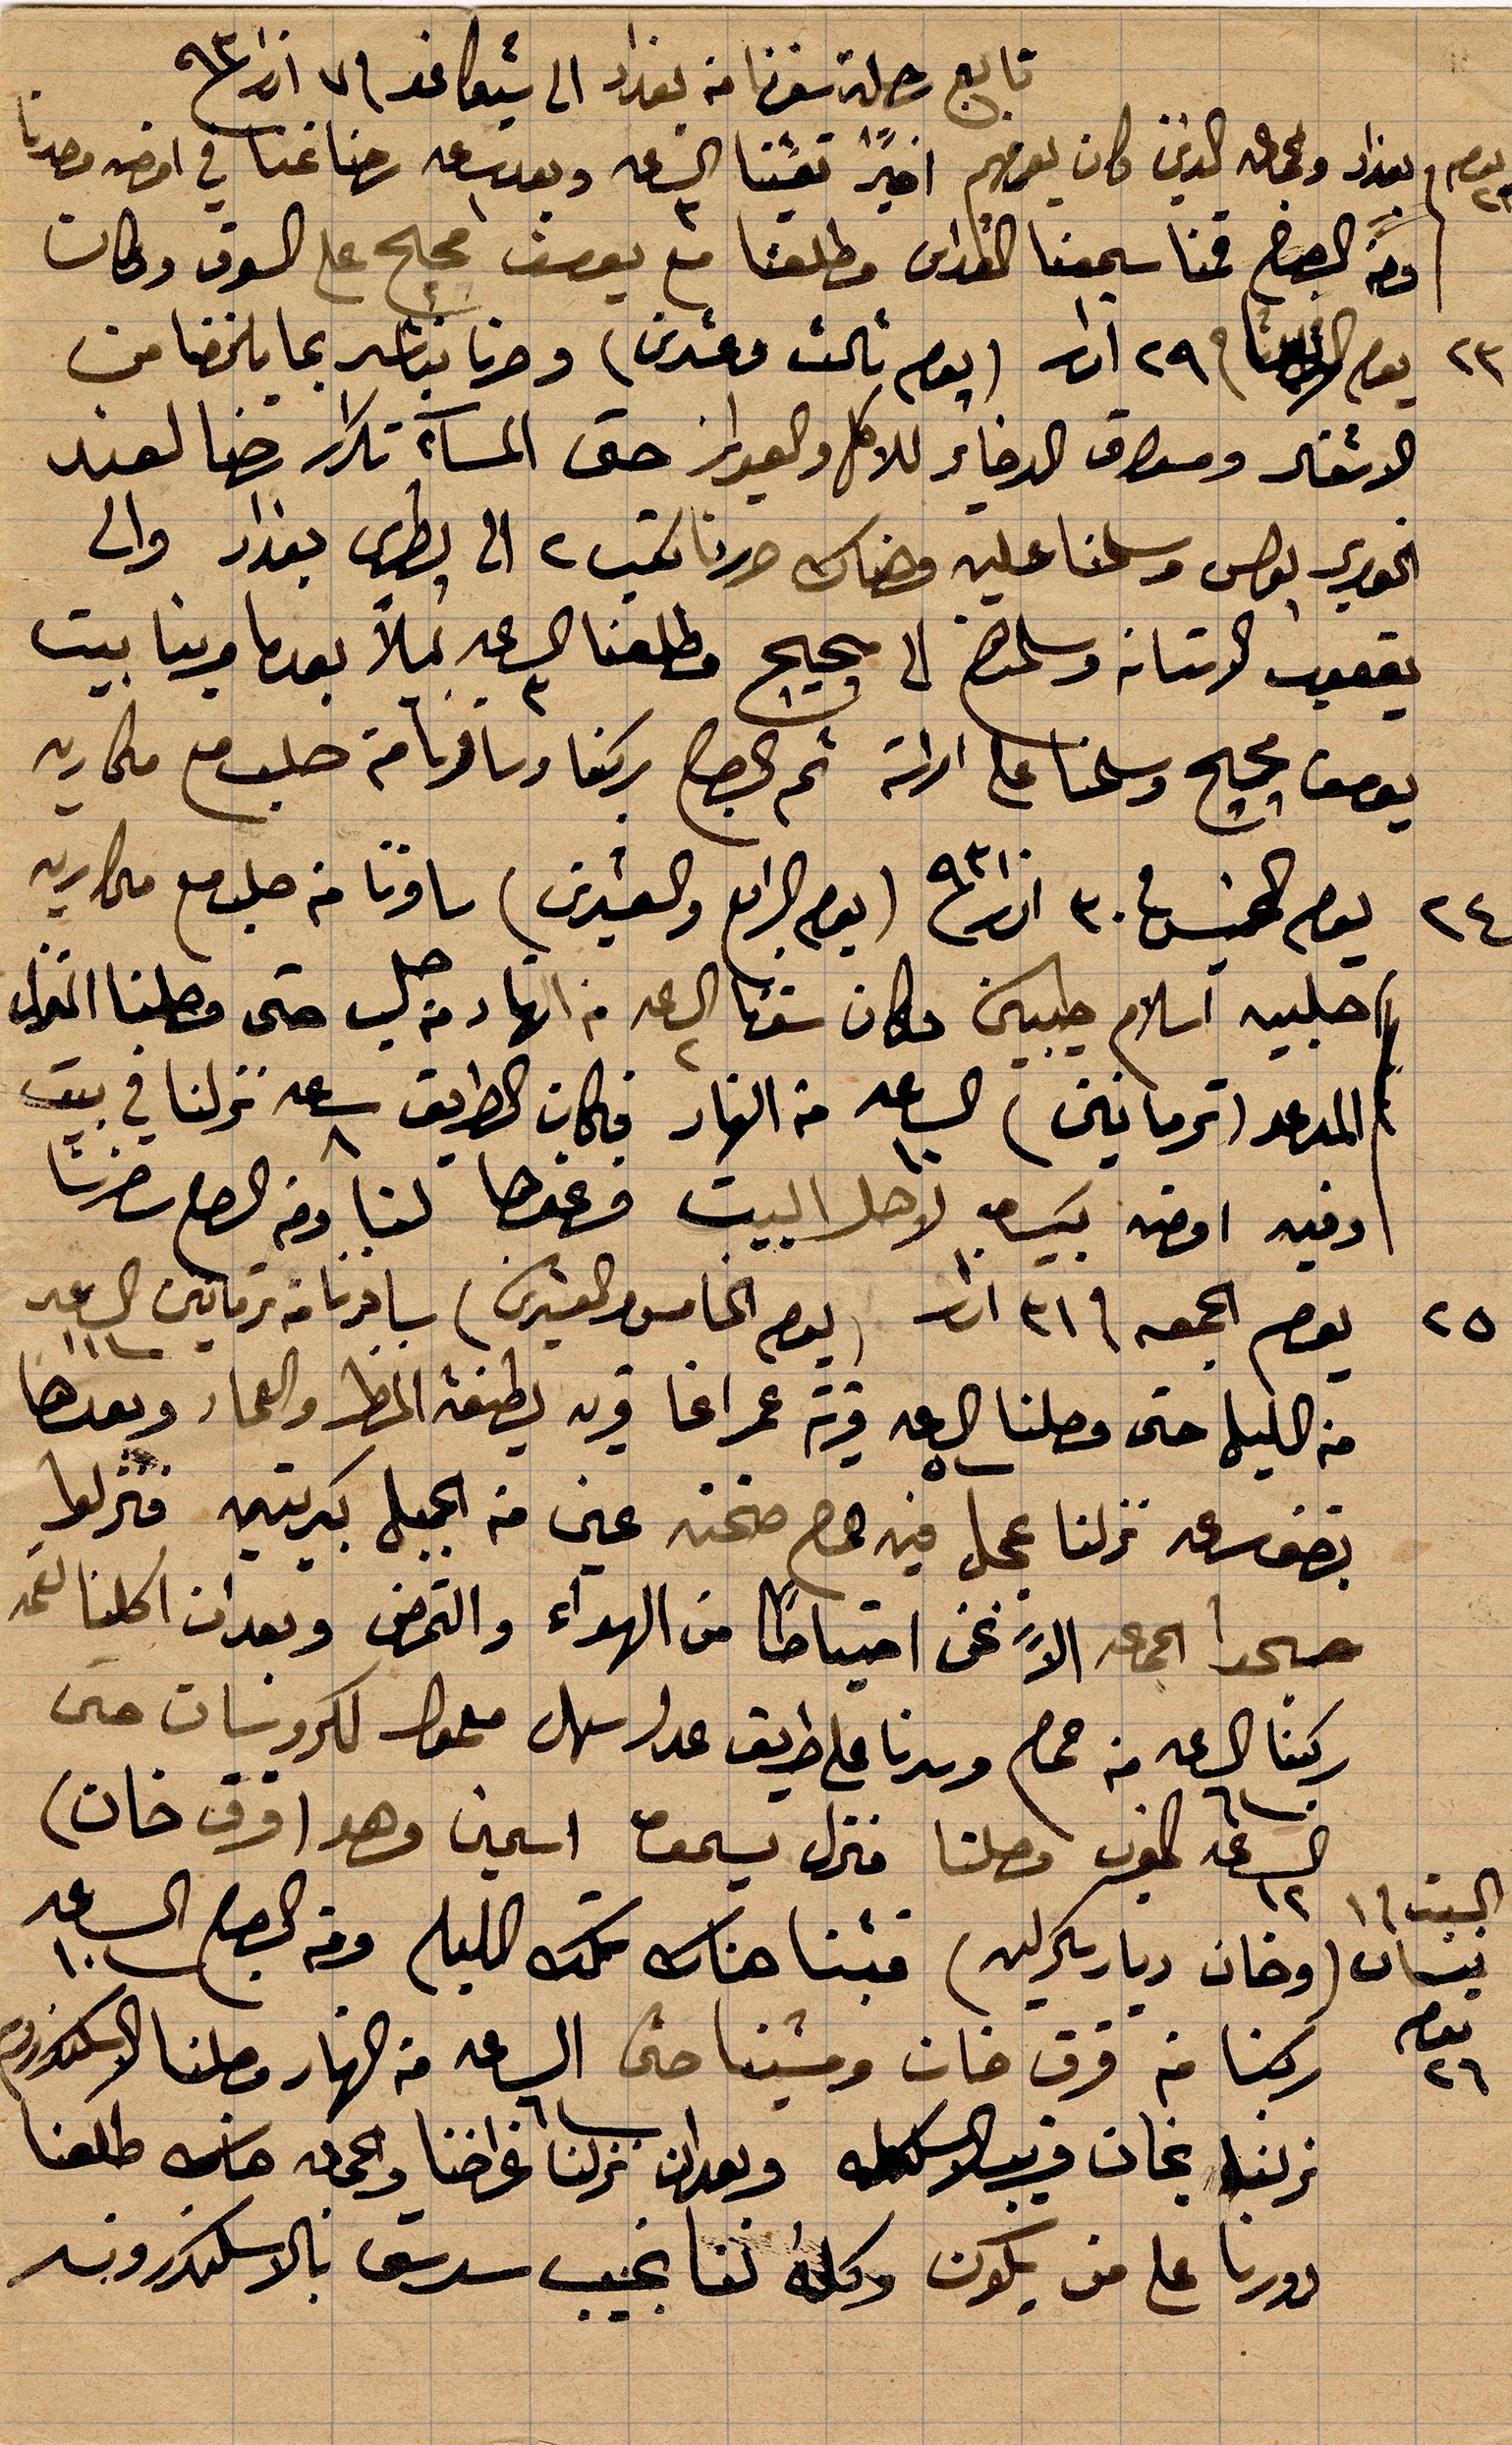
تابع رحلة سفرنا من بغداد الى شيكاغو في ٧ اذار ١٨٩٣
يوم بغداد والجماعة الذين كان يعرفهم اخيرًا تعشينا الساعة ٣ وبعد ساعة ١ رحنا غنا في امضى وحدنا
في الصباح قمنا سمعنا القداس وطلعنا مع بوسف محج على السوق وكان
يوم الثلاثا في ٢٩ اذار (يوم ثالث وعشرين) وصرنا نباشر بما يلخصنا من
الاشقاء ومكان الدخاير للاهل والعوايز حتى المسآء تكرار رضا لعند
الخوري بولس وسلمنا عليه وهناك حررنا كتب ٢ الى بطرس بغداد والى
يعقوب الاستانة وسلمانهم الى محج وطلعنا الساعة ٣ ليلاً بعدما جرينا بيت
يوسف محج وسلمان على امراته ثم ...وسرنا من حلب مع ...
يوم الخميس ٣٠ اذار ١٨٩٣ (يوم الرابع والعشرين) سافرنا من حلب مع...
احلبية اسلام ... مكان .... حتى وصلنا المنزل
المدعو (ترمانين) الساعة ١٠ من النهار فكان الطريق ساعة ٨ نزلنا في بين
وفيه امضى بين لاهل البيت وعندها لنا ومن الصبح سافرنا
يوم الجمعة ٣١ اذار (يوم الخامس والعشرين) سافرنا من ترمانين الساعة ١١
من الليل حتى وصلنا الساعة ٥ قرية عمراغا قرية لطيفة المطر وال... وبعدها
بنصف ساعة نزلنا عجل فيه .. صحته عين من الجبل ... فنزلوا
حجر الجمعة الا نحن احتياطًا من الهواء والتمرض وبعد ان اكلنا القمح
ركبنا الساعة ٦ من حمص وسرنا على طريق عدل سهل معمولا لكروسات حتى
الساعة ١٢ المغرب وصلنا منزل يسحق اسمين وهو (قرق خان)
(وخان دياركرليه) بتنا هناك تلك الليلة وعند الصبح الساعة ١٠
ركبنا من قرق خان ومشينا حتى الساعة ٦ من النهار وصلنا الاسكندرونة
نزلنا بخان قريب تلك الللة وبعد ان نزلنا غراضنا ... كلعنا
زورنا على من يكون وكله اننا نجيب سرسق بالاسكندرونة